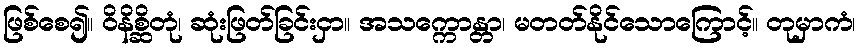
ဖြစ်စေ၍။ ဝိနိစ္ဆိတုံ၊ ဆုံးဖြတ်ခြင်းငှာ။ အသက္ကောန္တာ၊ မတတ်နိုင်သောကြောင့်။ တုမှာကံ၊